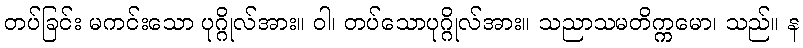
တပ်ခြင်း မကင်းသော ပုဂ္ဂိုလ်အား။ ဝါ၊ တပ်သောပုဂ္ဂိုလ်အား။ သညာသမတိက္ကမော၊ သည်။ န